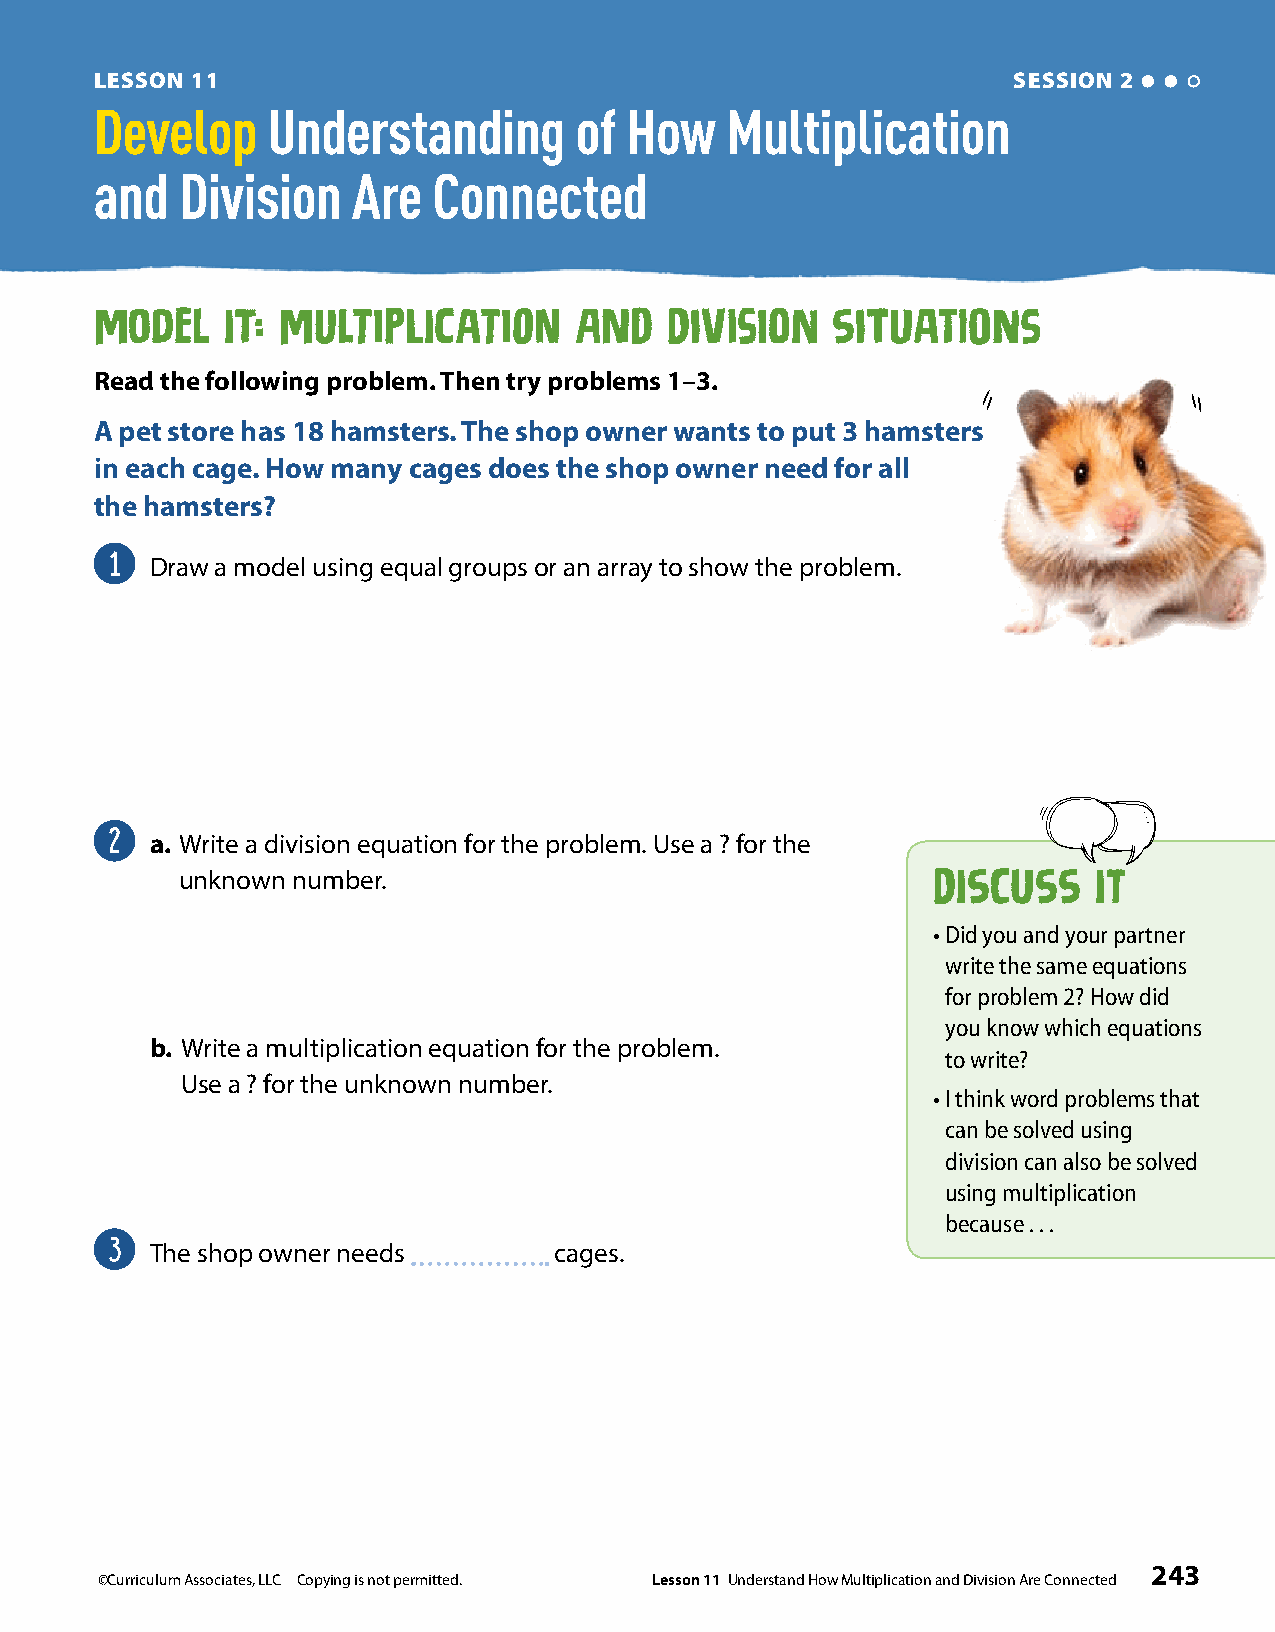
LESSON 11                                                    SESSION 2
 Develop     Understanding       of  How   Multiplication
 and   Division   Are   Connected
 Model    It: MultiplIcation     and   DivisioN   SituatiOns
 Read the following problem . Then try problems 1–3 .
 A pet store has 18 hamsters . The shop owner wants to put 3 hamsters
 in each cage . How many cages does the shop owner need for all
 the hamsters?
 1
 Draw a model using equal groups or an array to show the problem.
 2
 a . Write a division equation for the problem. Use a ? for the
 unknown number.
 DISCUSS    IT
 • Did you and your partner
 write the same equations
 for problem 2? How did
 you know which equations
 b . Write a multiplication equation for the problem.
 to write?
 Use a ? for the unknown number.
 • I think word problems that
 can be solved using
 division can also be solved
 using multiplication
 because . . .
 3
 The shop owner needs       cages.
 243
 ©Curriculum Associates, LLC Copying is not permitted. Lesson 11 Understand How Multiplication and Division Are Connected